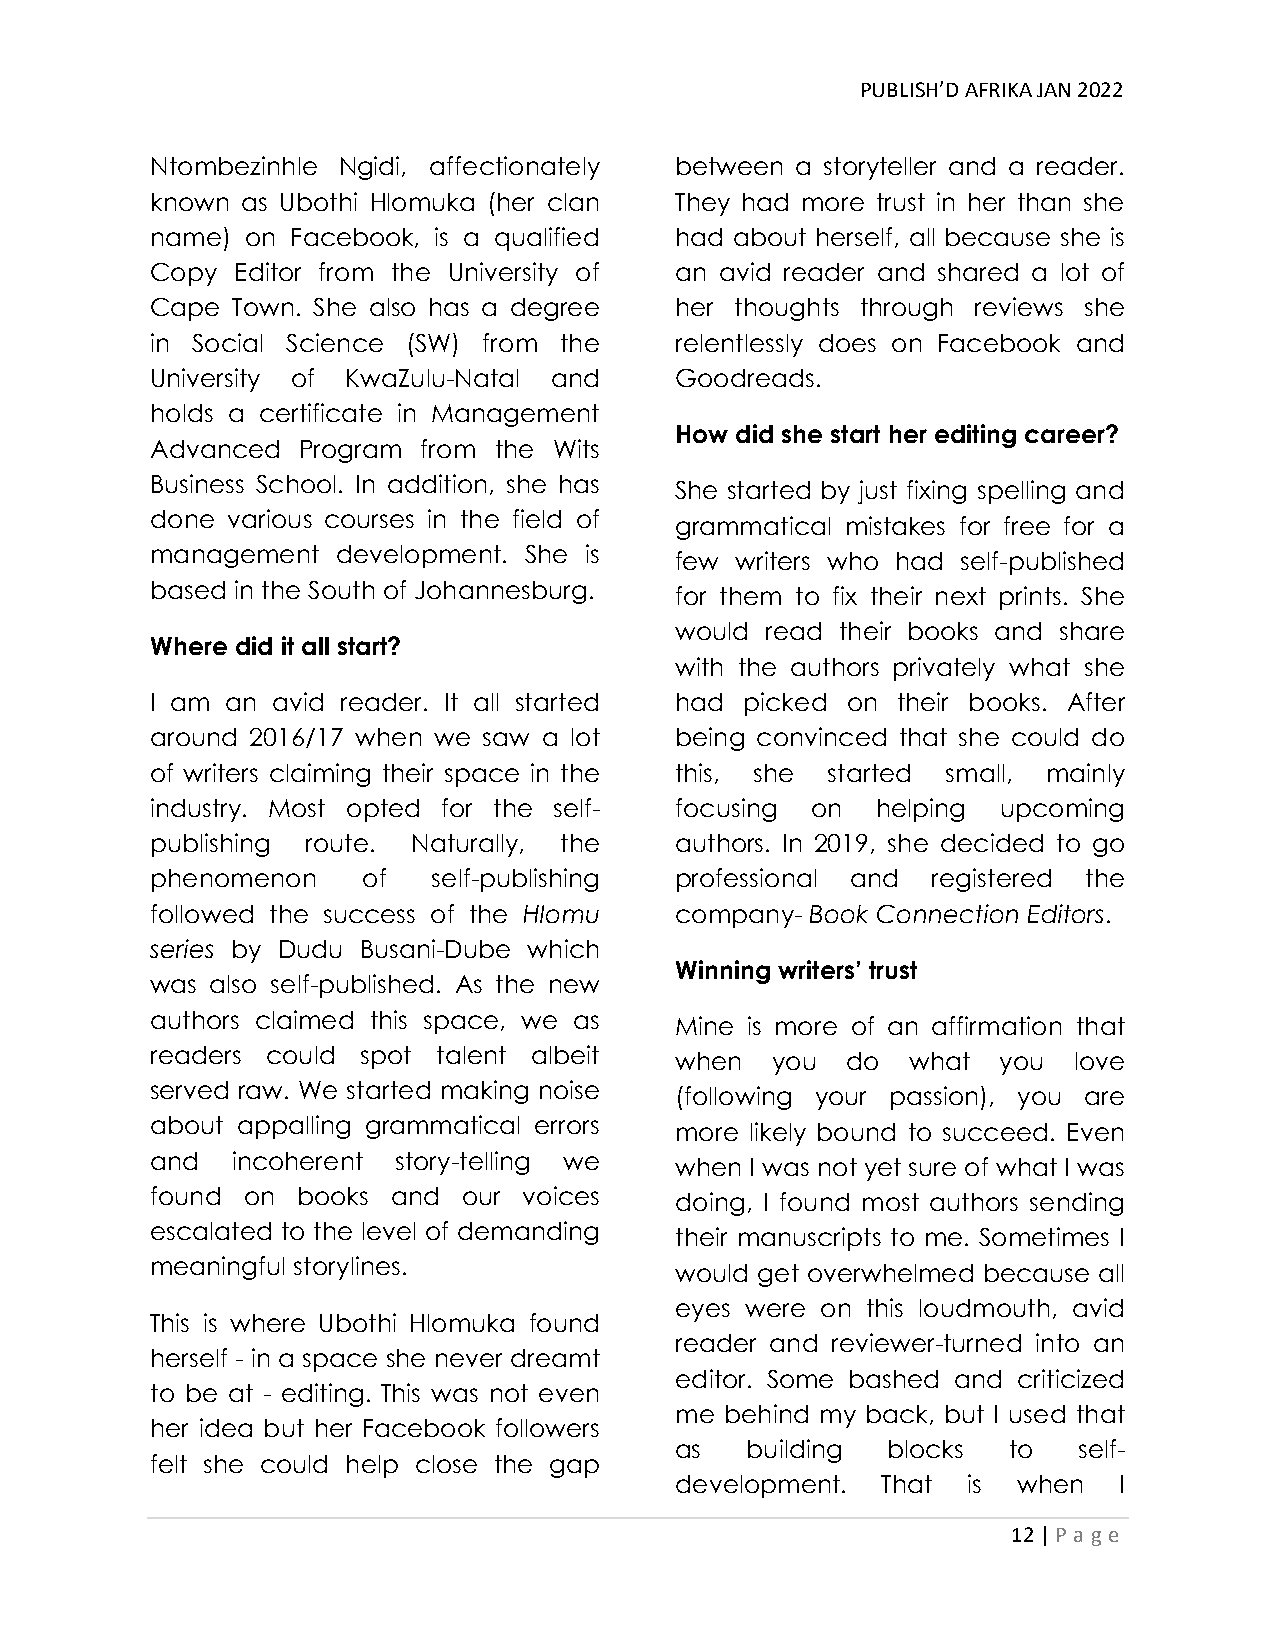
PUBLISH’D AFRIKA JAN 2022
 Ntombezinhle Ngidi, affectionately between a storyteller and a reader.
 known as Ubothi Hlomuka (her clan  They had more trust in her than she
 name) on Facebook, is a qualified  had about herself, all because she is
 Copy  Editor from the University of an avid reader and shared a lot of
 Cape Town. She also has a degree   her thoughts through reviews she
 in Social Science (SW) from the    relentlessly does on Facebook and
 University of KwaZulu-Natal and    Goodreads.
 holds a certificate in Management
 How did she start her editing career?
 Advanced  Program from the Wits
 Business School. In addition, she has
 She started by just fixing spelling and
 done various courses in the field of
 grammatical mistakes for free for a
 management  development. She is
 few writers who had self-published
 based in the South of Johannesburg.
 for them to fix their next prints. She
 would read their books and share
 Where did it all start?
 with the authors privately what she
 I am an avid reader. It all started had picked on their books. After
 around 2016/17 when we saw a lot   being convinced that she could do
 of writers claiming their space in the this, she started small, mainly
 industry. Most opted for the self- focusing on  helping upcoming
 publishing route. Naturally, the   authors. In 2019, she decided to go
 phenomenon    of   self-publishing professional and registered the
 followed the success of the Hlomu  company- Book Connection Editors.
 series by Dudu Busani-Dube which
 Winning writers’ trust
 was also self-published. As the new
 authors claimed this space, we as  Mine is more of an affirmation that
 readers could spot talent albeit   when  you  do  what  you  love
 served raw. We started making noise (following your passion), you are
 about appalling grammatical errors more likely bound to succeed. Even
 and  incoherent story-telling we   when I was not yet sure of what I was
 found on  books and  our voices
 doing, I found most authors sending
 escalated to the level of demanding their manuscripts to me. Sometimes I
 meaningful storylines.             would get overwhelmed because all
 eyes were on this loudmouth, avid
 This is where Ubothi Hlomuka found
 reader and reviewer-turned into an
 herself - in a space she never dreamt
 editor. Some bashed and criticized
 to be at - editing. This was not even
 me behind my back, but I used that
 her idea but her Facebook followers
 as  building  blocks  to  self-
 felt she could help close the gap
 development. That  is when   I
 12 | P age